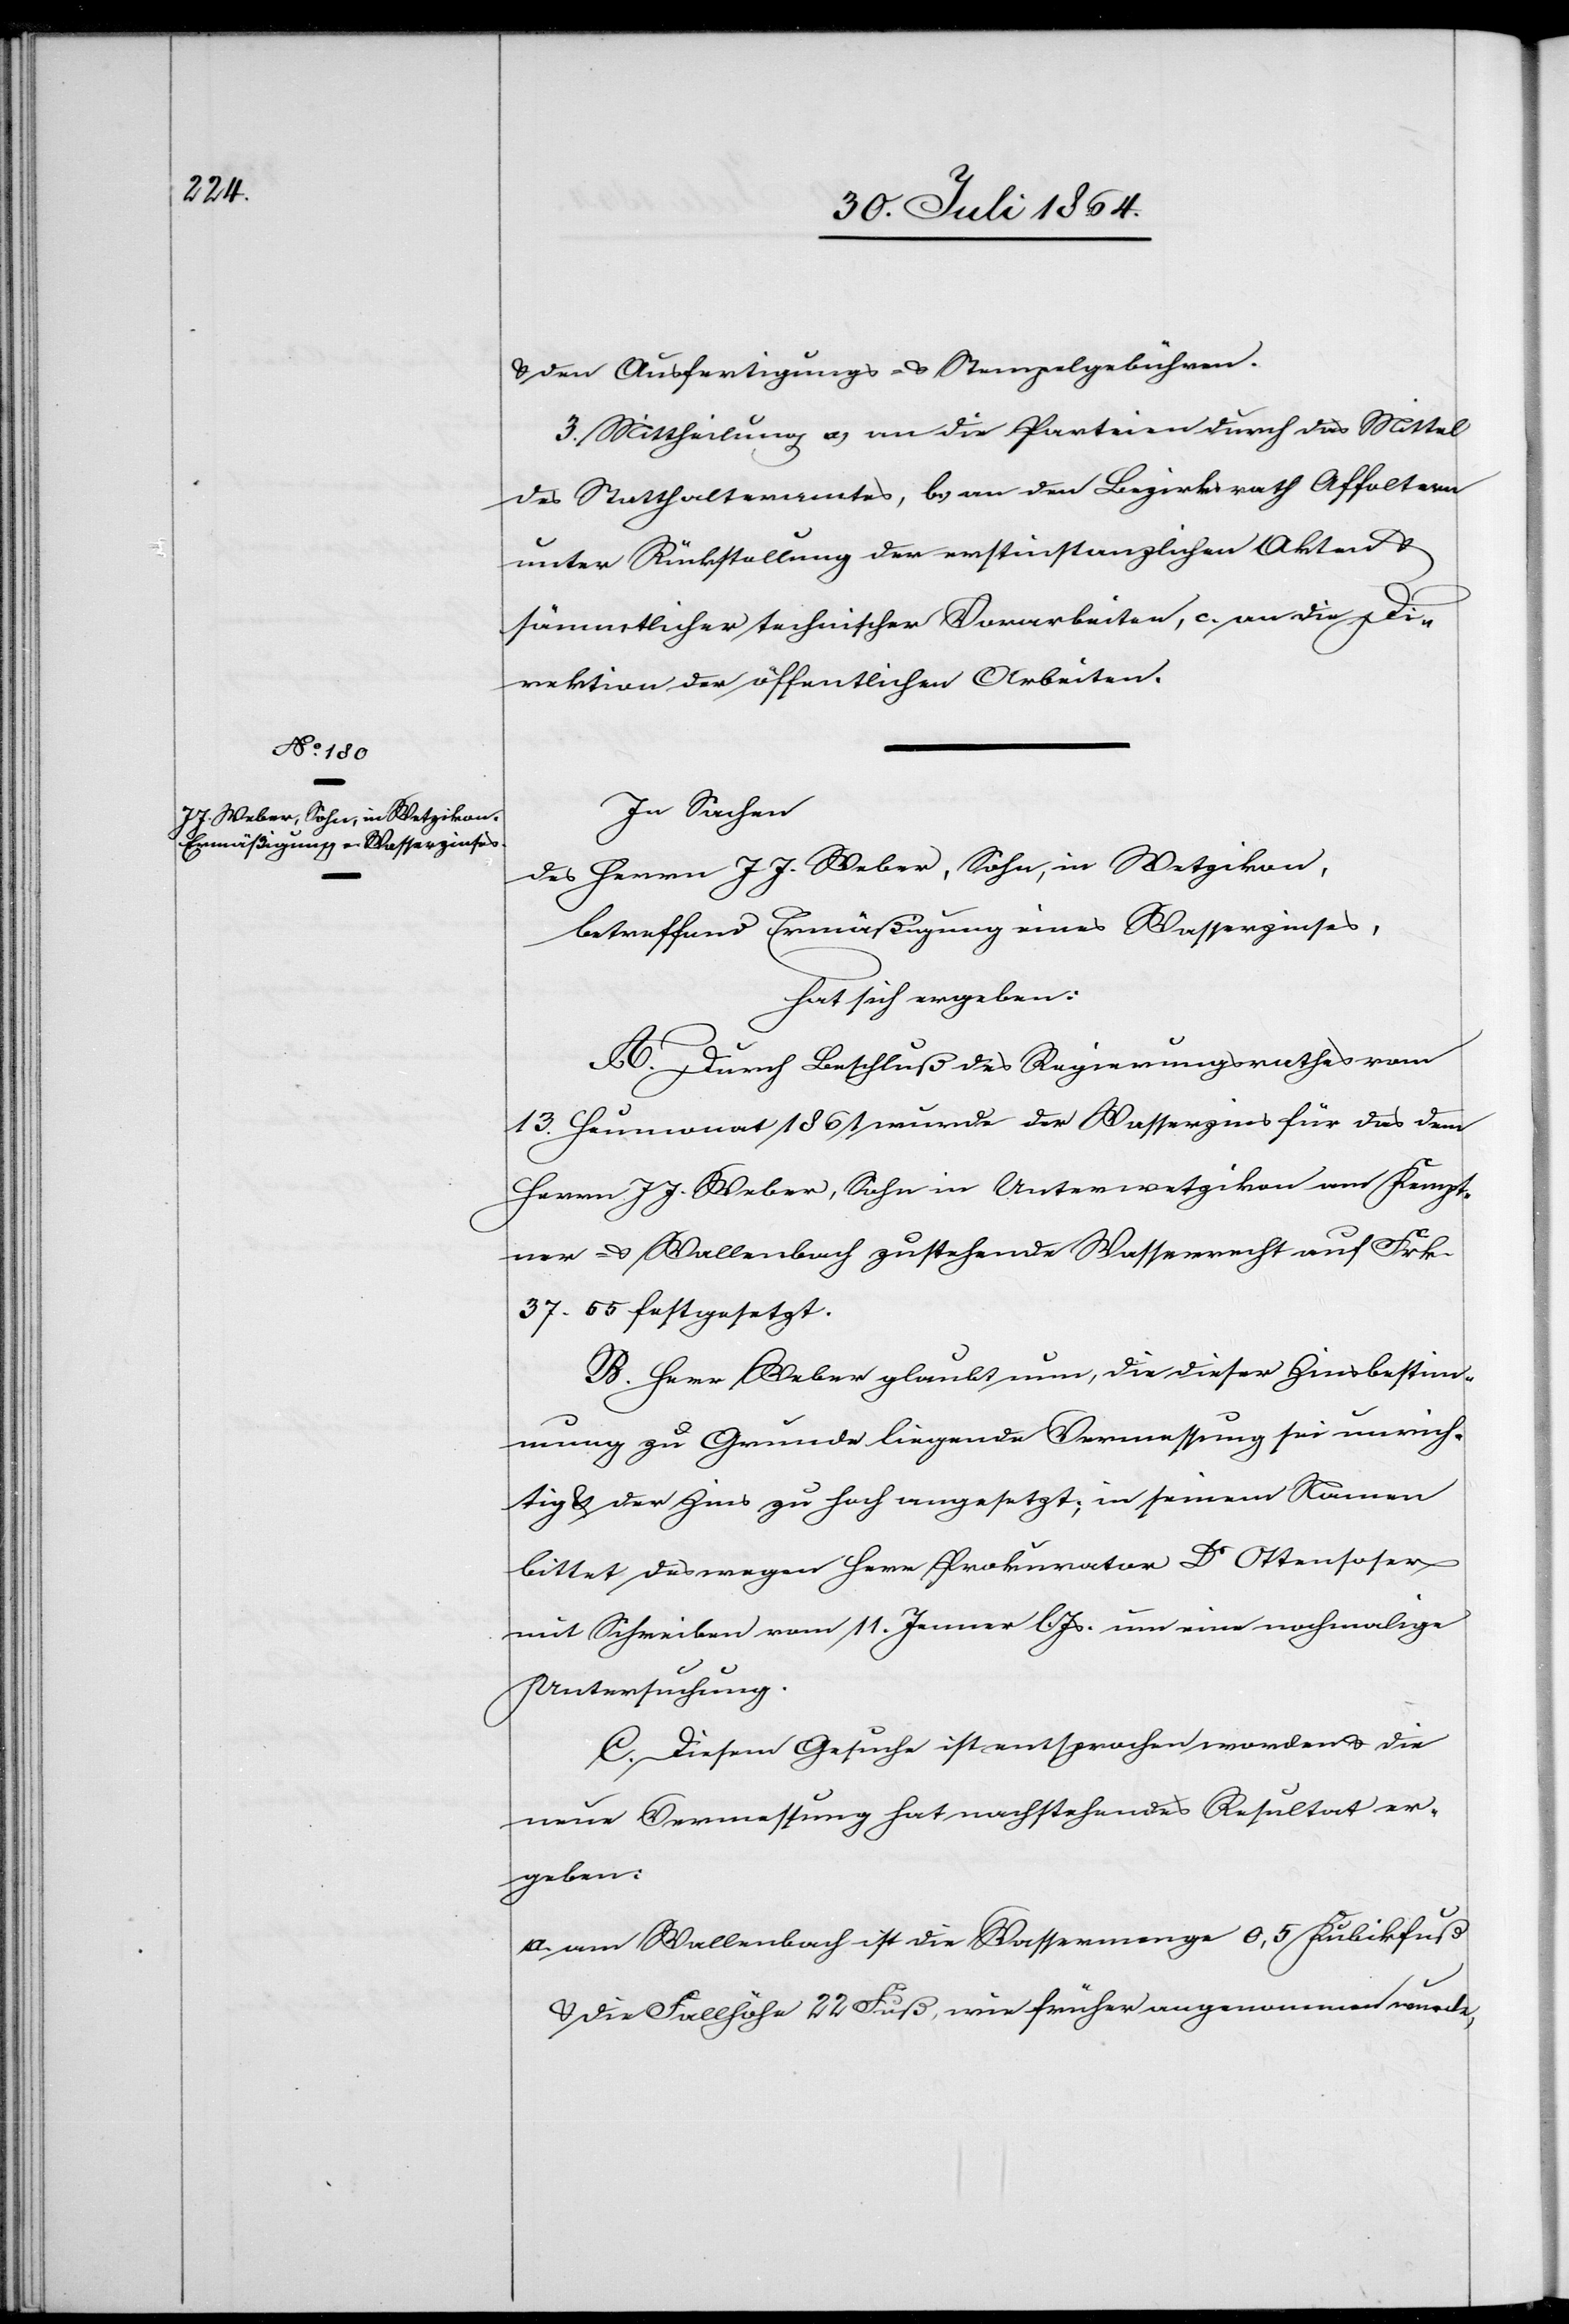
In Sachen
des Herrn J. J. Weber, Sohn, in Wetzikon,
betreffend Ermäßigung eines Wasserzinses,
hat sich ergeben:
A. Durch Beschluß des Regierungsrathes vom
13. Heumonat 1861 wurde der Wasserzins für das dem
Herrn J. J. Weber, Sohn in Unterwetzikon am Kempt¬
ner- & Wallenbach zustehende Wasserrecht auf Frk.
37.55 festgesetzt.
B. Herr Weber glaubt nun, die dieser Zinsbestim¬
mung zu Grunde liegende Vermessung sei unrich¬
tig & der Zins zu hoch angesetzt; in seinem Namen
bittet deswegen Herr Prokurator Dr Ottensoser
mit Schreiben vom 11. Jenner l. Js. um eine nochmalige
Untersuchung.
C. Diesem Gesuche ist entsprochen worden & die
neue Vermessung hat nachstehende Resultate er¬
geben:
a. am Wallenbach ist die Wassermenge 0,5 Kubikfuß
& die Fallhöhe 22 Fuß, wie früher angenommen wurde,